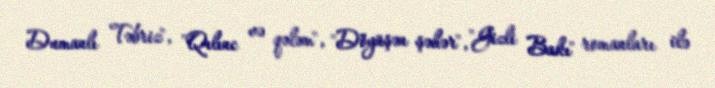
Dumanlı Təbriz", "Qılınc və qələm", "Döyüşən şəhər", "Gizli Bakı" romanları ilə